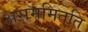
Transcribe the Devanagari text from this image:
असममितति